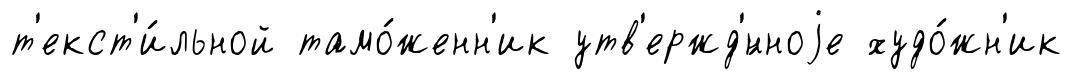
т'екст'и́льной тамо́женн'ик утв'ержд'́нноjе худо́жн'ик